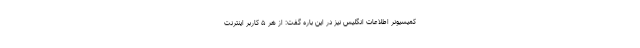
کمیسیونر اطلاعات انگلیس نیز در این باره گفت: از هر ۵ کاربر اینترنت